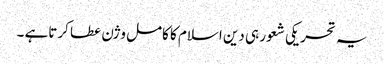
یہ تحریکی شعور ہی دین اسلام کا کامل وژن عطا کرتاہے ۔